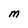
Character: M